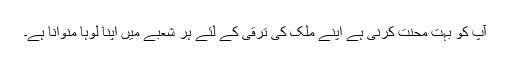
آپ کو بہت محنت کرنی ہے اپنے ملک کی ترقی کے لئے ہر شعبے میں اپنا لوہا منوانا ہے۔